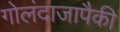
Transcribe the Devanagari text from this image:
गोलंदाजापैकी